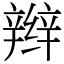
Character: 辫